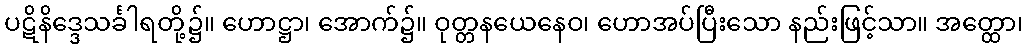
ပဋိနိဒ္ဒေသင်္ခါရတို့၌။ ဟောဋ္ဌာ၊ အောက်၌။ ဝုတ္တနယေနေဝ၊ ဟောအပ်ပြီးသော နည်းဖြင့်သာ။ အတ္ထော၊